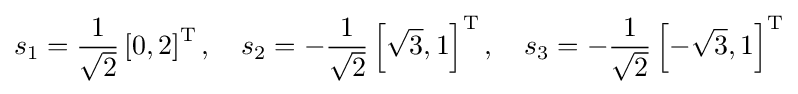
s_{1}={\frac {1}{\sqrt {2}}}\left[0,2\right]^{\mathrm {T} },\quad s_{2}=-{\frac {1}{\sqrt {2}}}\left[{\sqrt {3}},1\right]^{\mathrm {T} },\quad s_{3}=-{\frac {1}{\sqrt {2}}}\left[-{\sqrt {3}},1\right]^{\mathrm {T} }